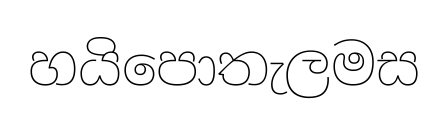
හයිපොතැලමස